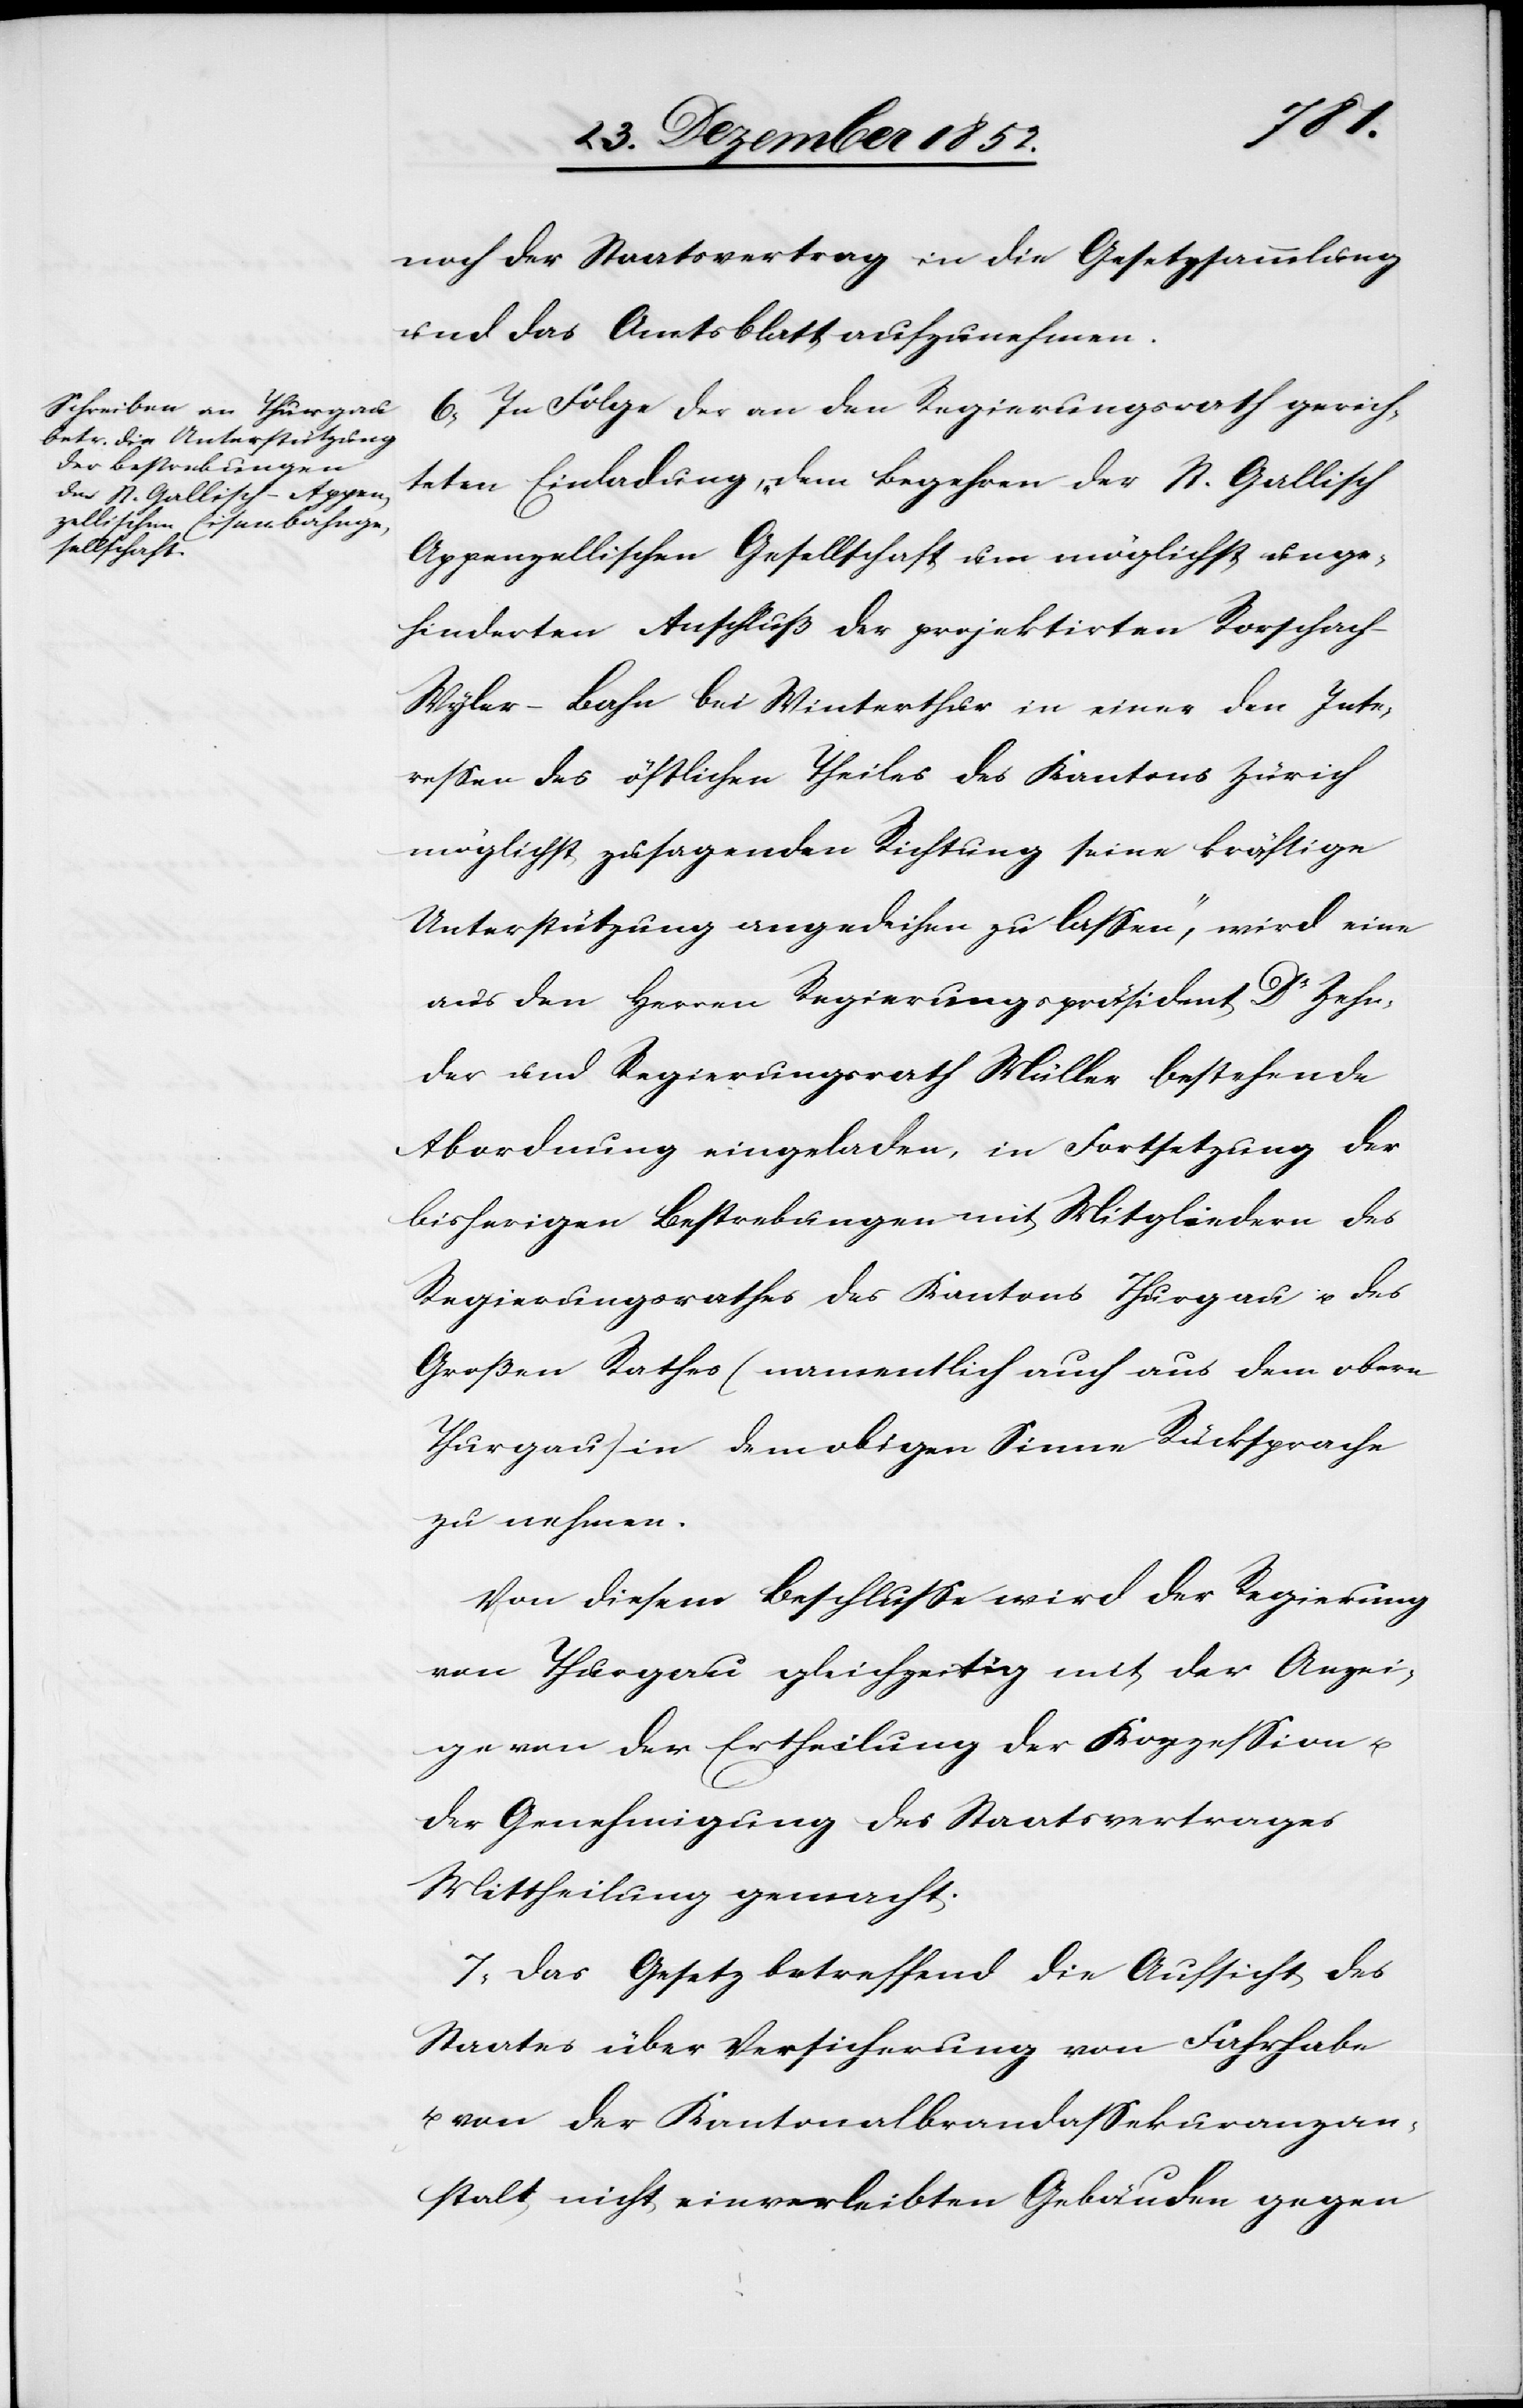
noch der Staatsvertrag in die Gesetzsammlung
und das Amtsblatt aufzunehmen.
6, In Folge der an den Regierungsrath gerich¬
teten Einladung, „dem Begehren der St. Gallisch
Appenzellischen Gesellschaft um möglichst unge¬
hinderten Anschluß der projektirten Rorschac¬
h-Wyler-Bahn bei Winterthur in einer den Inte¬
ressen des östlichen Theiles des Kantons Zürich
möglichst zusagenden Richtung seine kräftige
Unterstützung angedeihen zu lassen“, wird eine
aus den Herren Regierungspräsident Dr Zehn¬
der und Regierungsrath Müller bestehende
Abordnung eingeladen, in Fortsetzung der
bisherigen Bestrebungen mit Mitgliedern des
Regierungsrathes des Kantons Thurgau u. des
Großen Rathes (namentlich auch aus dem obern
Thurgau) in dem obigen Sinne Rücksprache
zu nehmen.
Von diesem Beschlusse wird der Regierung
von Thurgau gleichzeitig mit der Anzei¬
ge von der Ertheilung der Konzession u.
der Genehmigung des Staatsvertrages
Mittheilung gemacht.
7, Das Gesetz betreffend die Aufsicht des
Staates über Versicherung von Fahrhabe
u. von der Kantonalbrandassekuranzan¬
stalt nicht einverleibten Gebäuden gegen